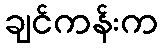
ချင်ကန်းက